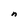
Character: n